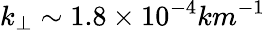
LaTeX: k_{\perp}\sim 1.8\times 10^{-4}km^{-1}